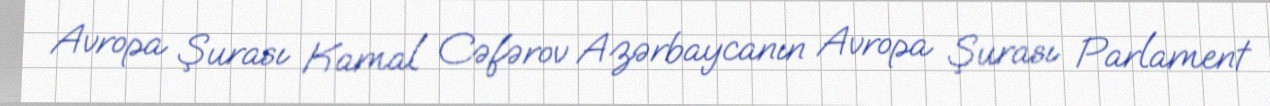
Avropa Şurası Kamal Cəfərov Azərbaycanın Avropa Şurası Parlament